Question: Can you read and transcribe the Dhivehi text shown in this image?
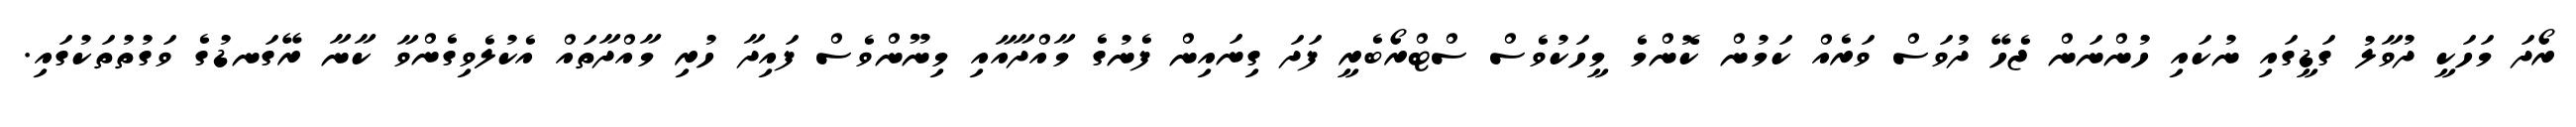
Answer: ރޯދަ މަހަކީ ދުވާލު ގަޑީގައި ނުކައި ހުންނަން ޖެހޭ ދުވަސް ވަރެއް ކަމުން ކޮންމެ މީހަކުވެސް ސްޓްރޯބެރީ ފަދަ ގިނައިން ފެނުގެ މާއްދާއާއި މިނޫންވެސް ފައިދާ ހުރި މާއްދާތައް އެކުލެވިގެންވާ ކާނާ ރޭގަނޑުގެ ވަގުތުތަކުގައި.